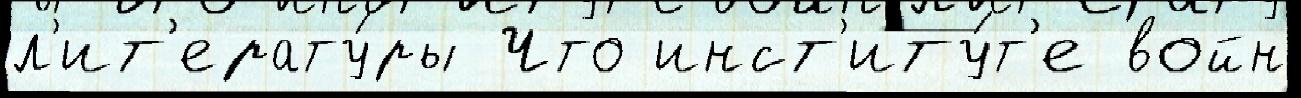
л'ит'ерату́ры Что инст'иту́т'е войн